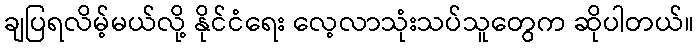
ချပြရလိမ့်မယ်လို့ နိုင်ငံရေး လေ့လာသုံးသပ်သူတွေက ဆိုပါတယ်။